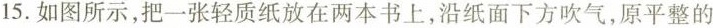
第15题图15.如图所示，把一张轻质纸放在两本书上，沿纸面下方吹气，原平整的